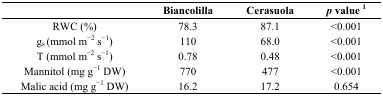
|  | Biancolilla | Cerasuola | p value 1 |
 | --- | --- | --- | --- |
 | RWC (%) | 78.3 | 87.1 | <0.001 |
 | gs (mmol m−2 s−1) | 110 | 68.0 | <0.001 |
 | T (mmol m−2 s−1) | 0.78 | 0.48 | <0.001 |
 | Mannitol (mg g−1 DW) | 770 | 477 | <0.001 |
 | Malic acid (mg g−1 DW) | 16.2 | 17.2 | 0.654 |